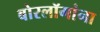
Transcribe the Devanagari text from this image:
बोरलॉगांना